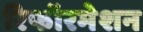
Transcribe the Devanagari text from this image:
रिफॉरमेशन